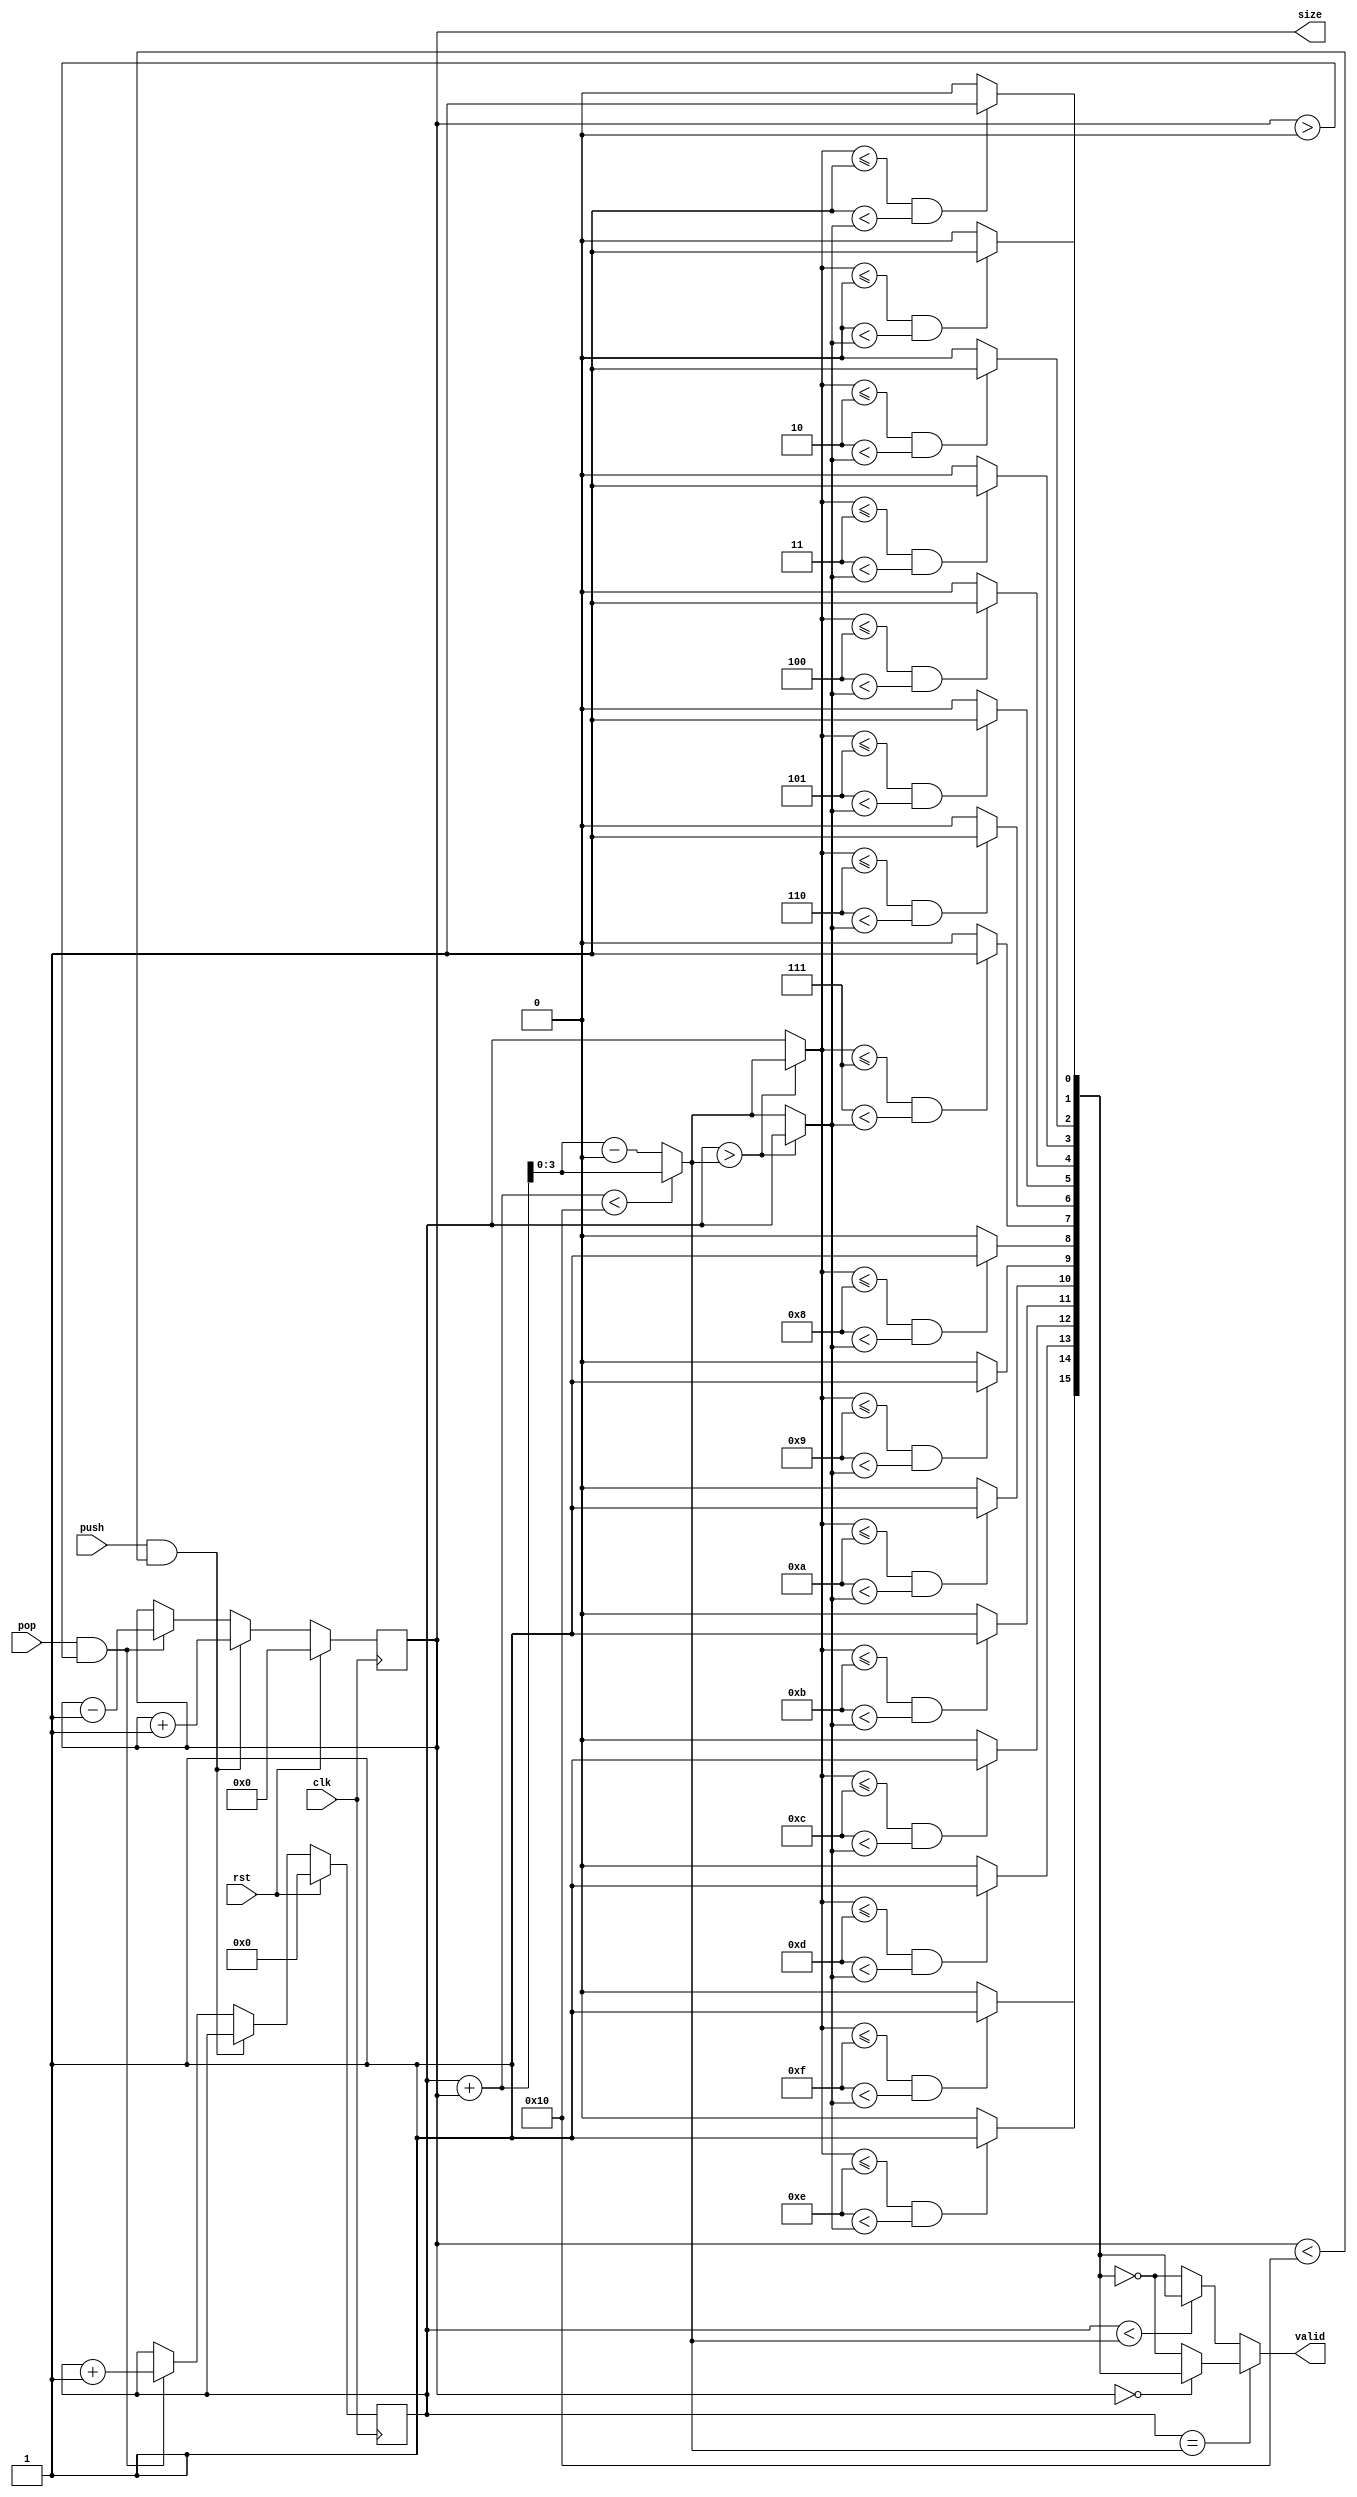
`define MAXSIZE 16
module Queue( clk, rst, push, pop, size, valid );
input clk, rst, push, pop;
output reg [4:0]size;
output reg [15:0] valid;

reg [3:0] front, nfront;
reg [4:0] nsize;
wire [15:0] btw;
wire [3:0] tail, max, min;

always@( posedge clk )begin
    if( rst == 1 ) begin
        size <= 4'd0;
        front <= 4'd0;
    end else begin
        size <= nsize;
        front <= nfront;
    end
end

always@(*) begin
    if( push == 1 && size < `MAXSIZE ) begin
        nsize = size+1;
        nfront = front;
    end else if( pop == 1 && size > 0) begin
        nsize = size-1;
        nfront = front+1;
    end else begin
        nsize = size;
        nfront = front;
    end
end

assign tail = ( front + size < `MAXSIZE ) ? front + size : front + size - `MAXSIZE;
assign max = ( front > tail ) ? front : tail;
assign min = ( front > tail ) ? tail : front;

assign btw[0] = ( min <= 0 && 0 < max ) ? 1'b1 : 1'b0;
assign btw[1] = ( min <= 1 && 1 < max ) ? 1'b1 : 1'b0;
assign btw[2] = ( min <= 2 && 2 < max ) ? 1'b1 : 1'b0;
assign btw[3] = ( min <= 3 && 3 < max ) ? 1'b1 : 1'b0;
assign btw[4] = ( min <= 4 && 4 < max ) ? 1'b1 : 1'b0;
assign btw[5] = ( min <= 5 && 5 < max ) ? 1'b1 : 1'b0;
assign btw[6] = ( min <= 6 && 6 < max ) ? 1'b1 : 1'b0;
assign btw[7] = ( min <= 7 && 7 < max ) ? 1'b1 : 1'b0;
assign btw[8] = ( min <= 8 && 8 < max ) ? 1'b1 : 1'b0;
assign btw[9] = ( min <= 9 && 9 < max ) ? 1'b1 : 1'b0;
assign btw[10] = ( min <= 10 && 10 < max ) ? 1'b1 : 1'b0;
assign btw[11] = ( min <= 11 && 11 < max ) ? 1'b1 : 1'b0;
assign btw[12] = ( min <= 12 && 12 < max ) ? 1'b1 : 1'b0;
assign btw[13] = ( min <= 13 && 13 < max ) ? 1'b1 : 1'b0;
assign btw[14] = ( min <= 14 && 14 < max ) ? 1'b1 : 1'b0;
assign btw[15] = ( min <= 15 && 15 < max ) ? 1'b1 : 1'b0;

always@(*) begin
    if( front == tail )begin
        valid = ( size == 0 ? btw : ~btw);
    end else begin
        valid = ( front < tail ? btw : ~btw);
    end
end




endmodule